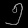
Digit: ၅